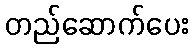
တည်ဆောက်ပေး